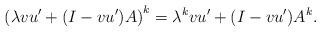
LaTeX: \begin{align*} \left(\lambda vu' + (I-vu')A \right)^k = \lambda^k vu' + (I-vu')A^k.\end{align*}